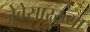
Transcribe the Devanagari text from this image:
जेबेसारख्या